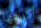
أكرهها